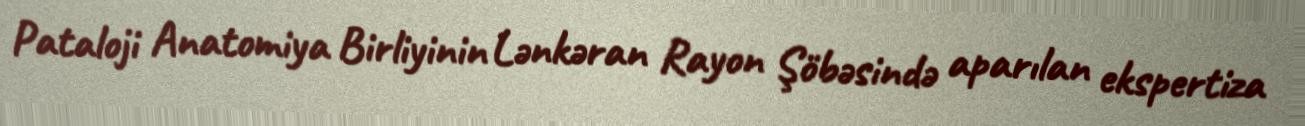
Pataloji Anatomiya Birliyinin Lənkəran Rayon Şöbəsində aparılan ekspertiza